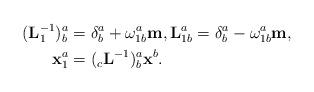
LaTeX: \begin{align*}(\mathbf{L}_{1}^{-1})_{b}^{a} & =\delta_{b}^{a}+\omega_{1b}^{a}\mathbf{m},\mathbf{L}_{1b}^{a}=\delta_{b}^{a}-\omega_{1b}^{a}\mathbf{m},\\\mathbf{x}_{1}^{a} & =(_{c}\mathbf{L}^{-1})_{b}^{a}\mathbf{x}^{b}.\end{align*}